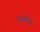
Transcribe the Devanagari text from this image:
स्प्लोन